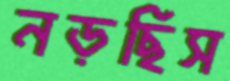
নড়ছিস